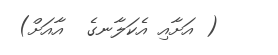
( އަށާއި އެކަލާނގެ  އާއަށް)